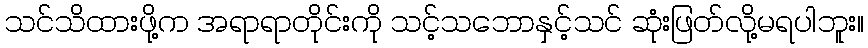
သင်သိထားဖို့က အရာရာတိုင်းကို သင့်သဘောနှင့်သင် ဆုံးဖြတ်လို့မရပါဘူး။